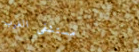
مستشفى الغرب